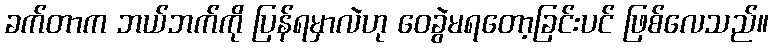
ခက်တာက ဘယ်ဘက်ကို ပြန်ရမှာလဲဟု ဝေခွဲမရတော့ခြင်းပင် ဖြစ်လေသည်။